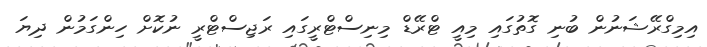
އިމިގްރޭޝަނުން ބުނި ގޮތުގައި މިއީ ޓްރޭޑް މިނިސްޓްރީގައި ރަޖިސްޓްރީ ނުކޮށް ހިންގަމުން ދިޔަ